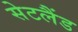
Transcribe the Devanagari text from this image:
सेटलैंड